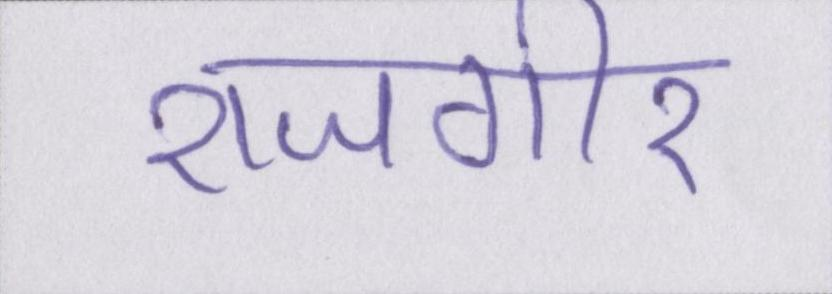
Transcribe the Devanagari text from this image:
राजगीर